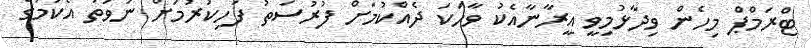
ޓްރަމްޕް މިހެން ވިދާޅުމިވީ އީރާނާއެކު ވާހަކަ ދެއްކުމަށް ފުރުސަތު ފަހިކުރުމަށް ނުވަތަ އެކަމުގެ